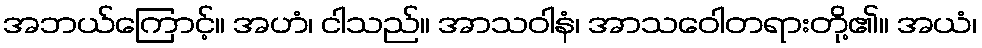
အဘယ်ကြောင့်။ အဟံ၊ ငါသည်။ အာသဝါနံ၊ အာသဝေါတရားတို့၏။ အယံ၊